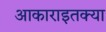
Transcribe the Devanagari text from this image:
आकाराइतक्या